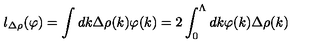
l _ { \Delta \rho } ( \varphi ) = \int d k \Delta \rho ( k ) \varphi ( k ) = 2 \int _ { 0 } ^ { \Lambda } d k \varphi ( k ) \Delta \rho ( k )